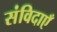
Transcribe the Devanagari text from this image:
संविदाएँ